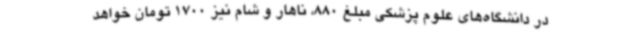
در دانشگاه‌های علوم پزشکی مبلغ 880، ناهار و شام نیز 1700 تومان خواهد